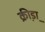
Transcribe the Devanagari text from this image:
क्री़डा़